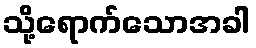
သို့ရောက်သောအခါ